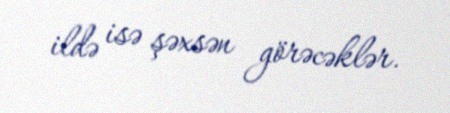
ildə isə şəxsən görəcəklər.